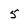
Character: 5